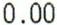
0.00